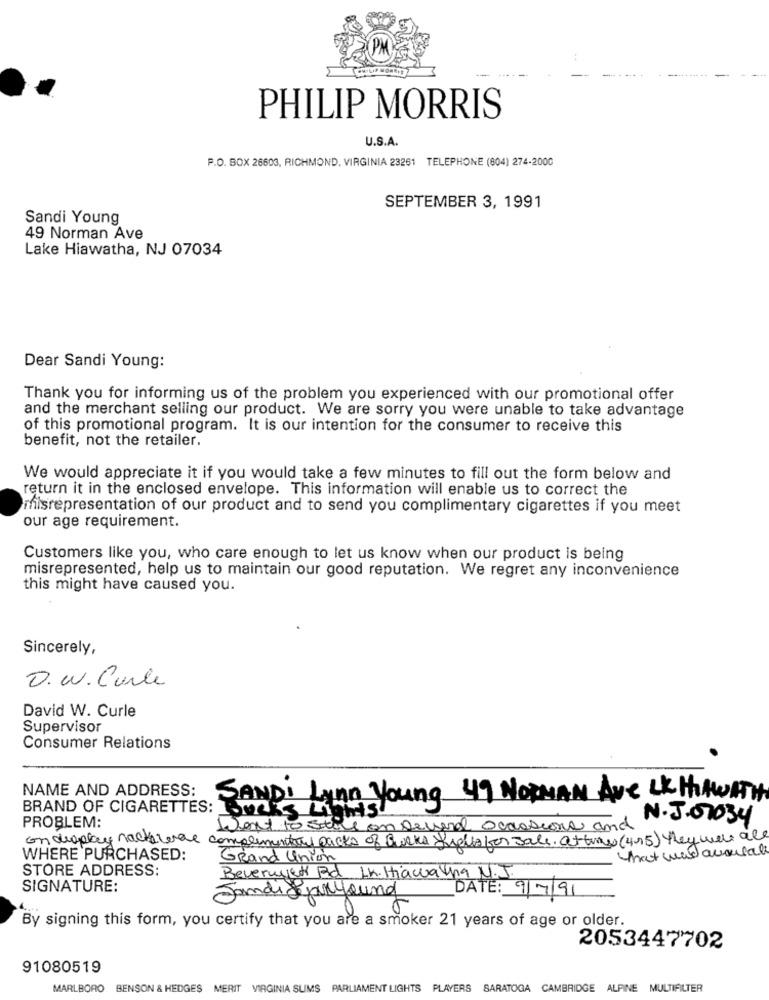
PHILIP MORRIS
U.S.A.
P.O. BOX 26603, RICHMOND, VIRGINIA 23261 TELEPHONE (804) 274-2000
SEPTEMBER 3, 1991
Sandi Young
49 Norman Ave
Lake Hiawatha, NJ 07034
Dear Sandi Young:
Thank you for informing us of the problem you experienced with our promotional offer
and the merchant selling our product. We are sorry you were unable to take advantage
of this promotional program. It is our intention for the consumer to receive this
benefit, not the retailer.
We would appreciate it if you would take a few minutes to fill out the form below and
return it in the enclosed envelope. This information will enable us to correct the
filsrepresentation of our product and to send you complimentary cigarettes if you meet
our age requirement.
Customers like you, who care enough to let us know when our product is being
misrepresented, help us to maintain our good reputation. We regret any inconvenience
this might have caused you.
Sincerely,
O. W. Carle
David W. Curle
Supervisor
Consumer Relations
NAME AND ADDRESS:
SANDI Lynn Young 49 NORMAN Are LK HIMWITH
BRAND OF CIGARETTES: Locks Laws
Went to still on several Occasions and .J.7034
PROBLEM:
on display hacks war complementar packs of Bucks Siehts for sale. at time (415) they were all
that was accurate
WHERE PURCHASED:
Grand Union
STORE ADDRESS:
Beverwyck Rd LK. Hiawatha N.J.
SIGNATURE:
Jandi Learyound
DATE: 9/7/91
By signing this form, you certify that you are a smoker 21 years of age or older.
2053447702
91080519
MARLBORO
BENSON & HEDGES MERIT VIRGINIA SUMS PARLIAMENT LIGHTS PLAYERS SARATOGA CAMBRIDGE ALPINE MULTIFILTER